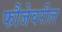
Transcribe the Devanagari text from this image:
फौजेवरील